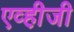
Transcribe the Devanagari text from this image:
एव्ही़जी